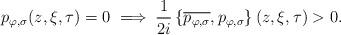
LaTeX: \begin{align*}p_{\varphi,\sigma}(z,\xi,\tau)=0 \implies \frac{1}{2i}\left\{\overline{p_{\varphi,\sigma}},p_{\varphi,\sigma}\right\}(z,\xi,\tau)>0.\end{align*}